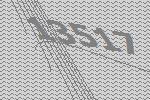
13517